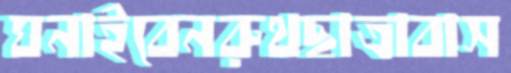
ঘনাইবেনরুথছাত্রাবাস